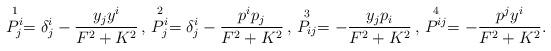
LaTeX: \begin{align*}\stackrel{1}{P^{i}_j}=\delta^{i}_j-\frac{y_jy^{i}}{F^2+K^2}\,,\,\stackrel{2}{P^{i}_j}=\delta^{i}_j-\frac{p^ip_j}{F^2+K^2}\,,\,\stackrel{3}{P_{ij}}=-\frac{y_jp_i}{F^2+K^2}\,,\,\stackrel{4}{P^{ij}}=-\frac{p^jy^{i}}{F^2+K^2}.\end{align*}